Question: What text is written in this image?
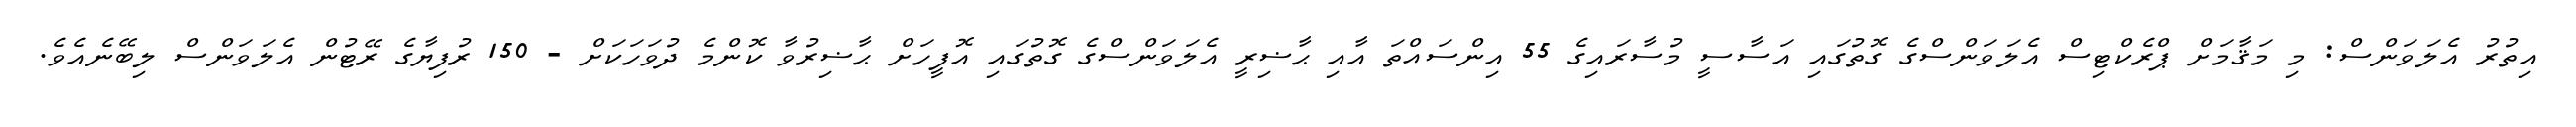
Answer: އިތުރު އެލަވަންސް: މި މަޤާމަށް ޕްރެކްޓިސް އެލަވަންސްގެ ގޮތުގައި އަސާސީ މުސާރައިގެ 55 އިންސައްތަ އާއި ޙާޟިރީ އެލަވަންސްގެ ގޮތުގައި އޮފީހަށް ޙާޟިރުވާ ކޮންމެ ދުވަހަކަށް - 150 ރުފިޔާގެ ރޭޓުން އެލަވަންސް ލިބޭނެއެވެ.